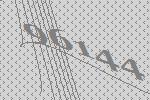
96144